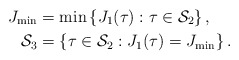
\begin{align*}J_{\min} &= \min \left \{ J_1(\tau) : \tau \in \mathcal S_2 \right \}, \\\mathcal S_3 &= \left \{ \tau \in \mathcal S_2 : J_1(\tau) = J_{\min} \right \}.\end{align*}